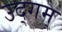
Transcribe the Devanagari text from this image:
उद्गम्